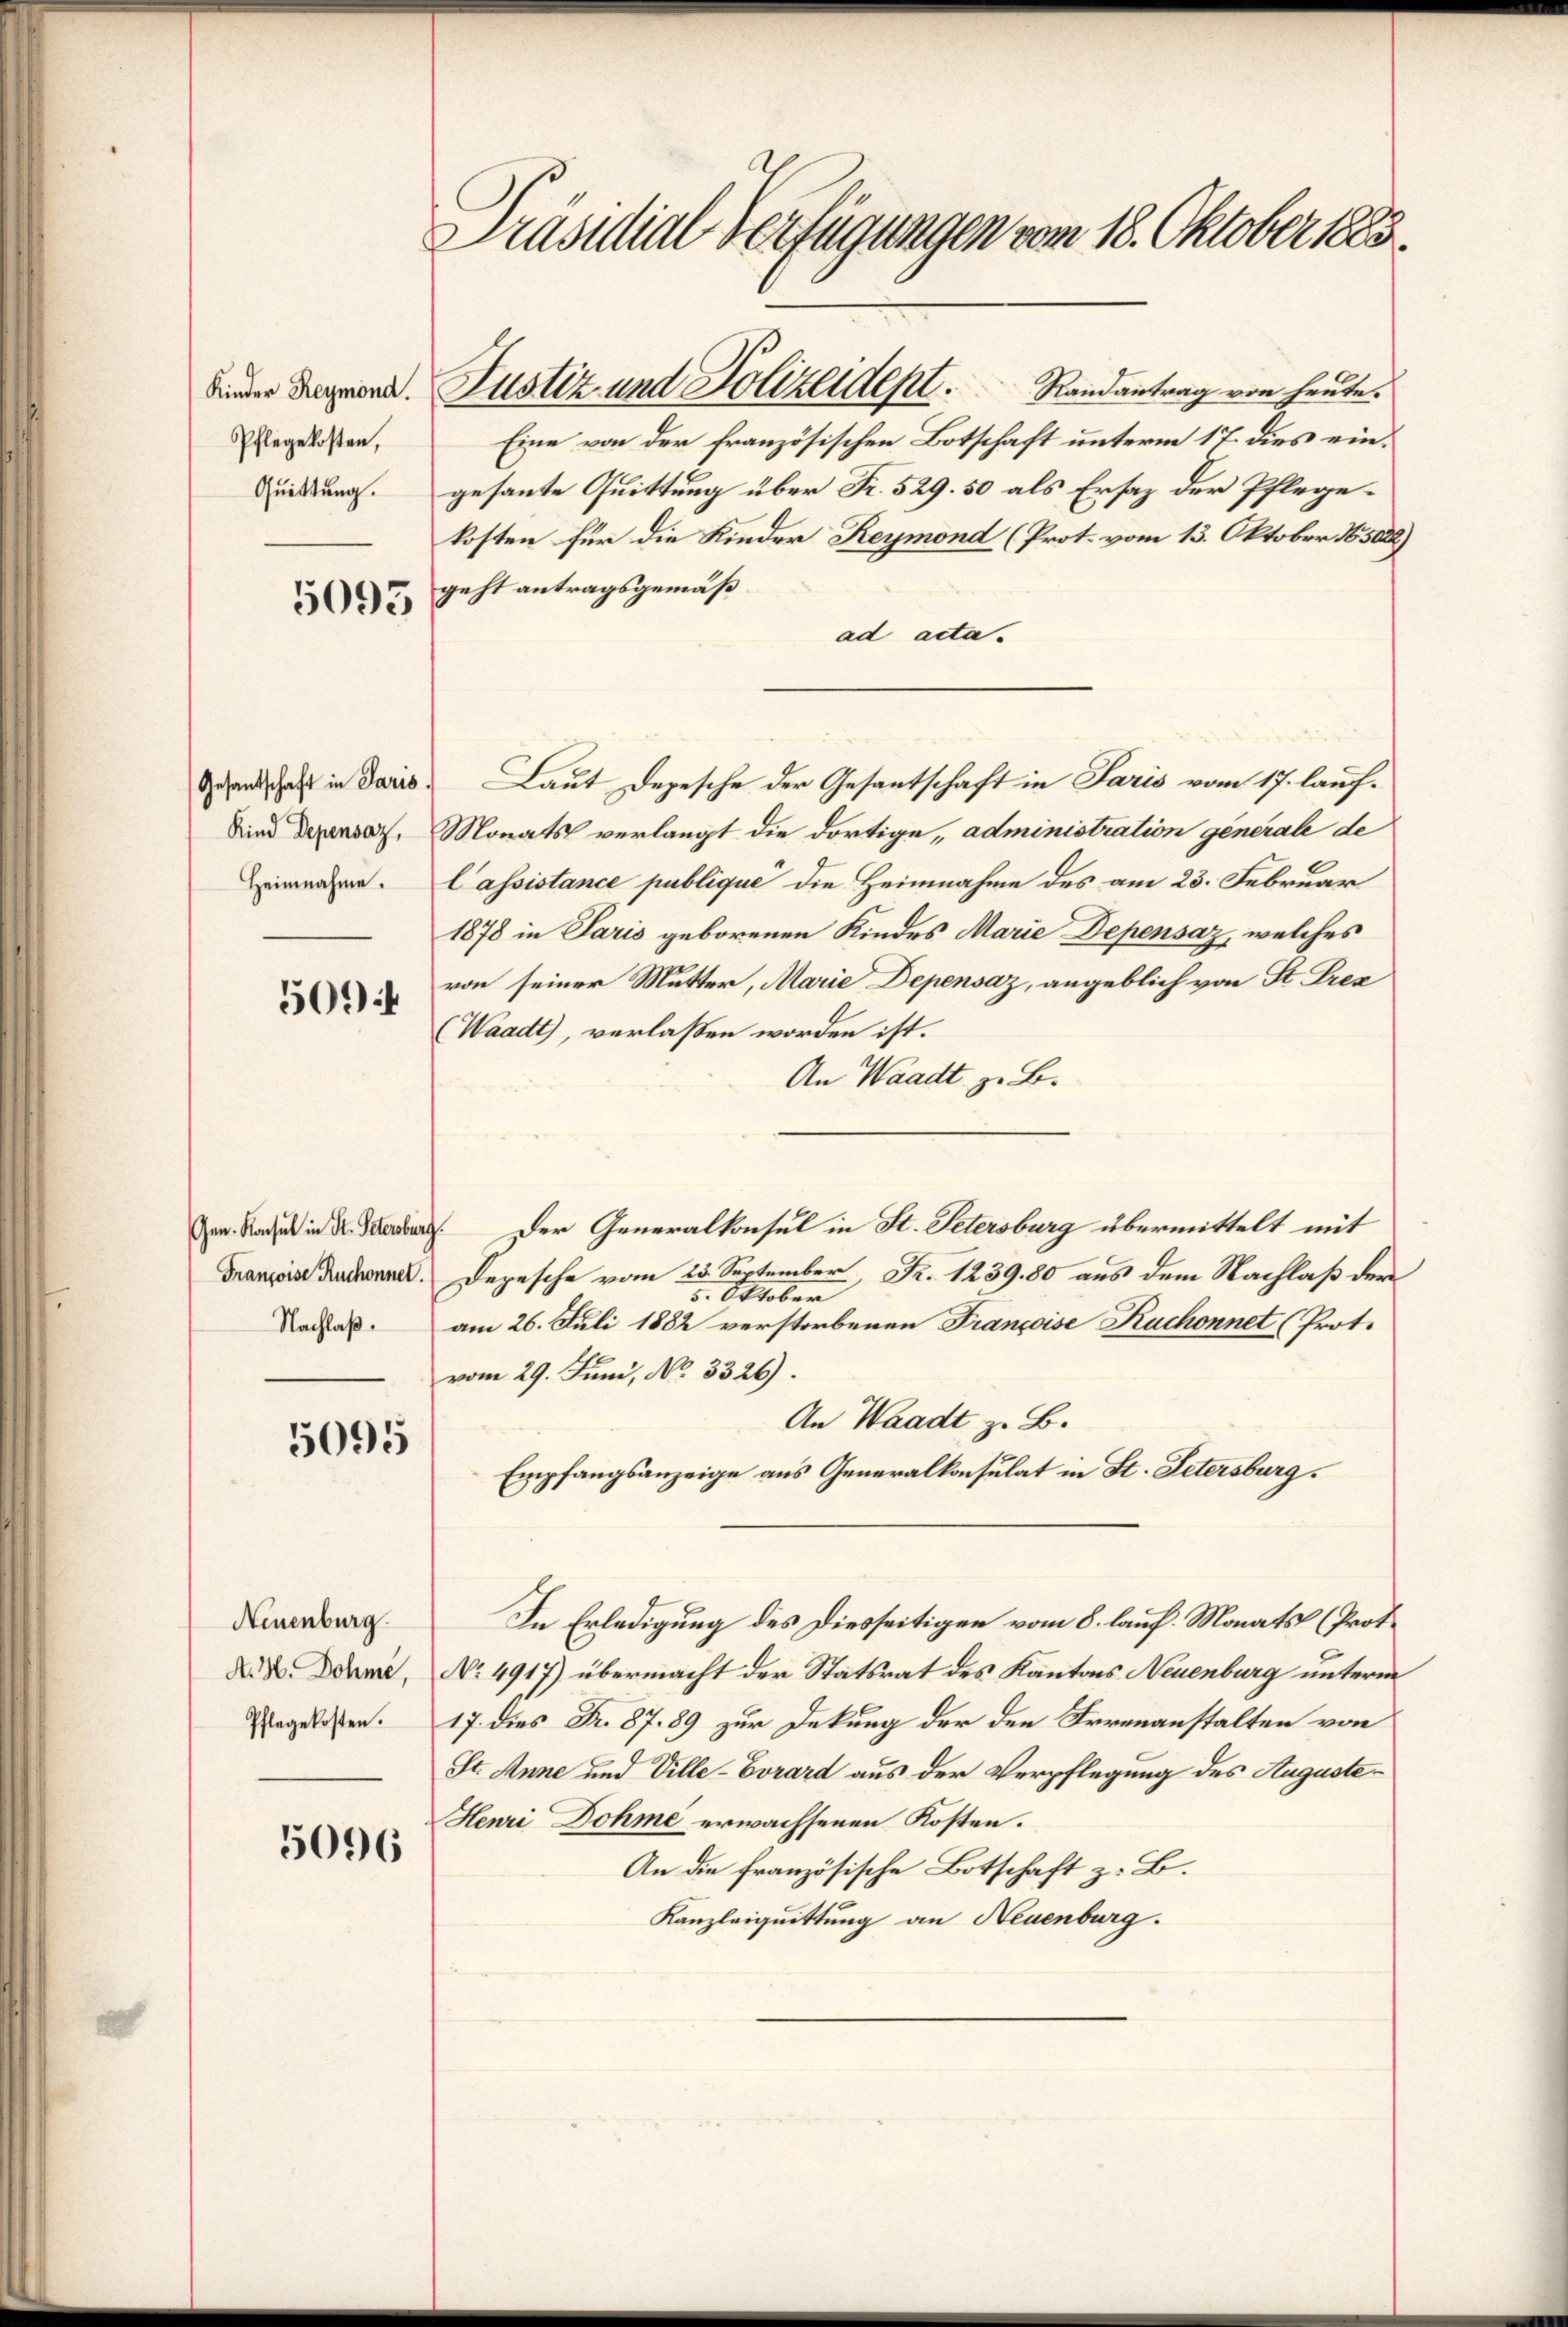
Kinder Reymond.
Pflegekosten,
Quittung.

5093

Gesantschaft in Paris
Kind Depensaz,
Heimnahme.

50944

Gen. Konsul in St. Peters
Françoise Ruchonnel
Nachlaß.

5095

Neuenburg.
A. H. Dohne,
Pflegekosten.

5096

Präsidial-Verfügungen vom 18. Oktober 1883.

Randantrag von heute.
Eine von der französischen Botschaft unterm 17. dies eingesante Quittung über Fr. 529. 50 als Ersatz der Pflegekosten für die Kinder Reymond (Prot. vom 13. Oktober 185022)
geht antragsgemäß
ad acta.
Laut Depesche der Gesantschaft in Paris vom 17. lauf¬
Monats verlangt die dortige, administration generale de
Cassistance publique die Heimnahme des am 23. Februar
1878 in Paris geborenen Kindes Marie Depensaz, welches
von seiner Mutter, Marie Depensaz, angeblich von St. Prex
(Waadt, verlassen worden ist.
An Waadt z. B.
 Der Generalkonsul in St. Petersburg übermittelt mit
p. Nachla
5. Oktober
am 26. Juli 1882 verstorbenen Françoise Kuchonnet (Prot.
vom 29. Juni, No. 3326).
An Waadt z. B.
Empfangsanzeige aus Generalkonsulat in St. Petersburg.
In Erledigung des Diesseitigen vom 8. lauf. Monats (Prot.
Nro 4917) übermacht der Statsrat des Kantons Neuenburg unterm
17. dies Fr. 87. 89 zur Dekung der den Irrenanstalten von
St. Anne und Ville-Evrard aus der Verpflegung des Auguste¬
Henri Dohme erwachsenen Kosten.
An die französische Botschaft z. B.
Kanzleiquittung an Neuenburg.

Justiz und Polizeidept.